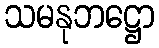
သမနုဘဋ္ဌော